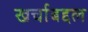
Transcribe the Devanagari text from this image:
खर्चाबद्दल